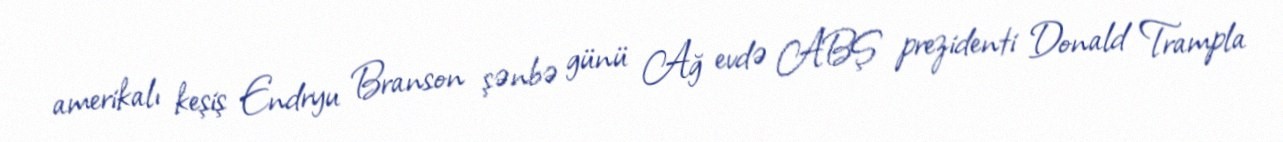
amerikalı keşiş Endryu Branson şənbə günü Ağ evdə ABŞ prezidenti Donald Trampla